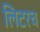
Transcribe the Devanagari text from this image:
लिटरच